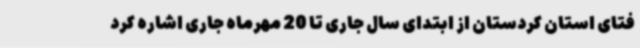
فتای استان کردستان از ابتدای سال جاری تا 20 مهرماه جاری اشاره کرد